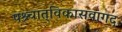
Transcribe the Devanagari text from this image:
पश्र्चात्‌विकासवागद